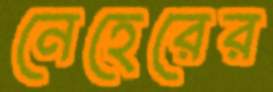
নেহেরের